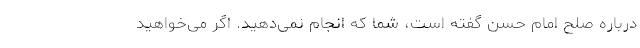
درباره صلح امام حسن گفته است، شما که انجام نمی‌دهید. اگر می‌خواهید